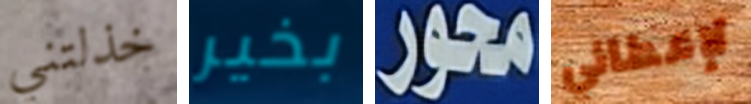
خذلتني بخير محور لإعطائي